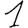
Digit: 1